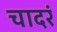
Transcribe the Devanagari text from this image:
चादरं